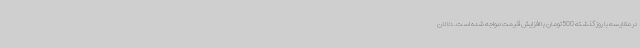
در مقایسه با روز گذشته 500 تومان با افزایش قیمت مواجه شده است. دلالان